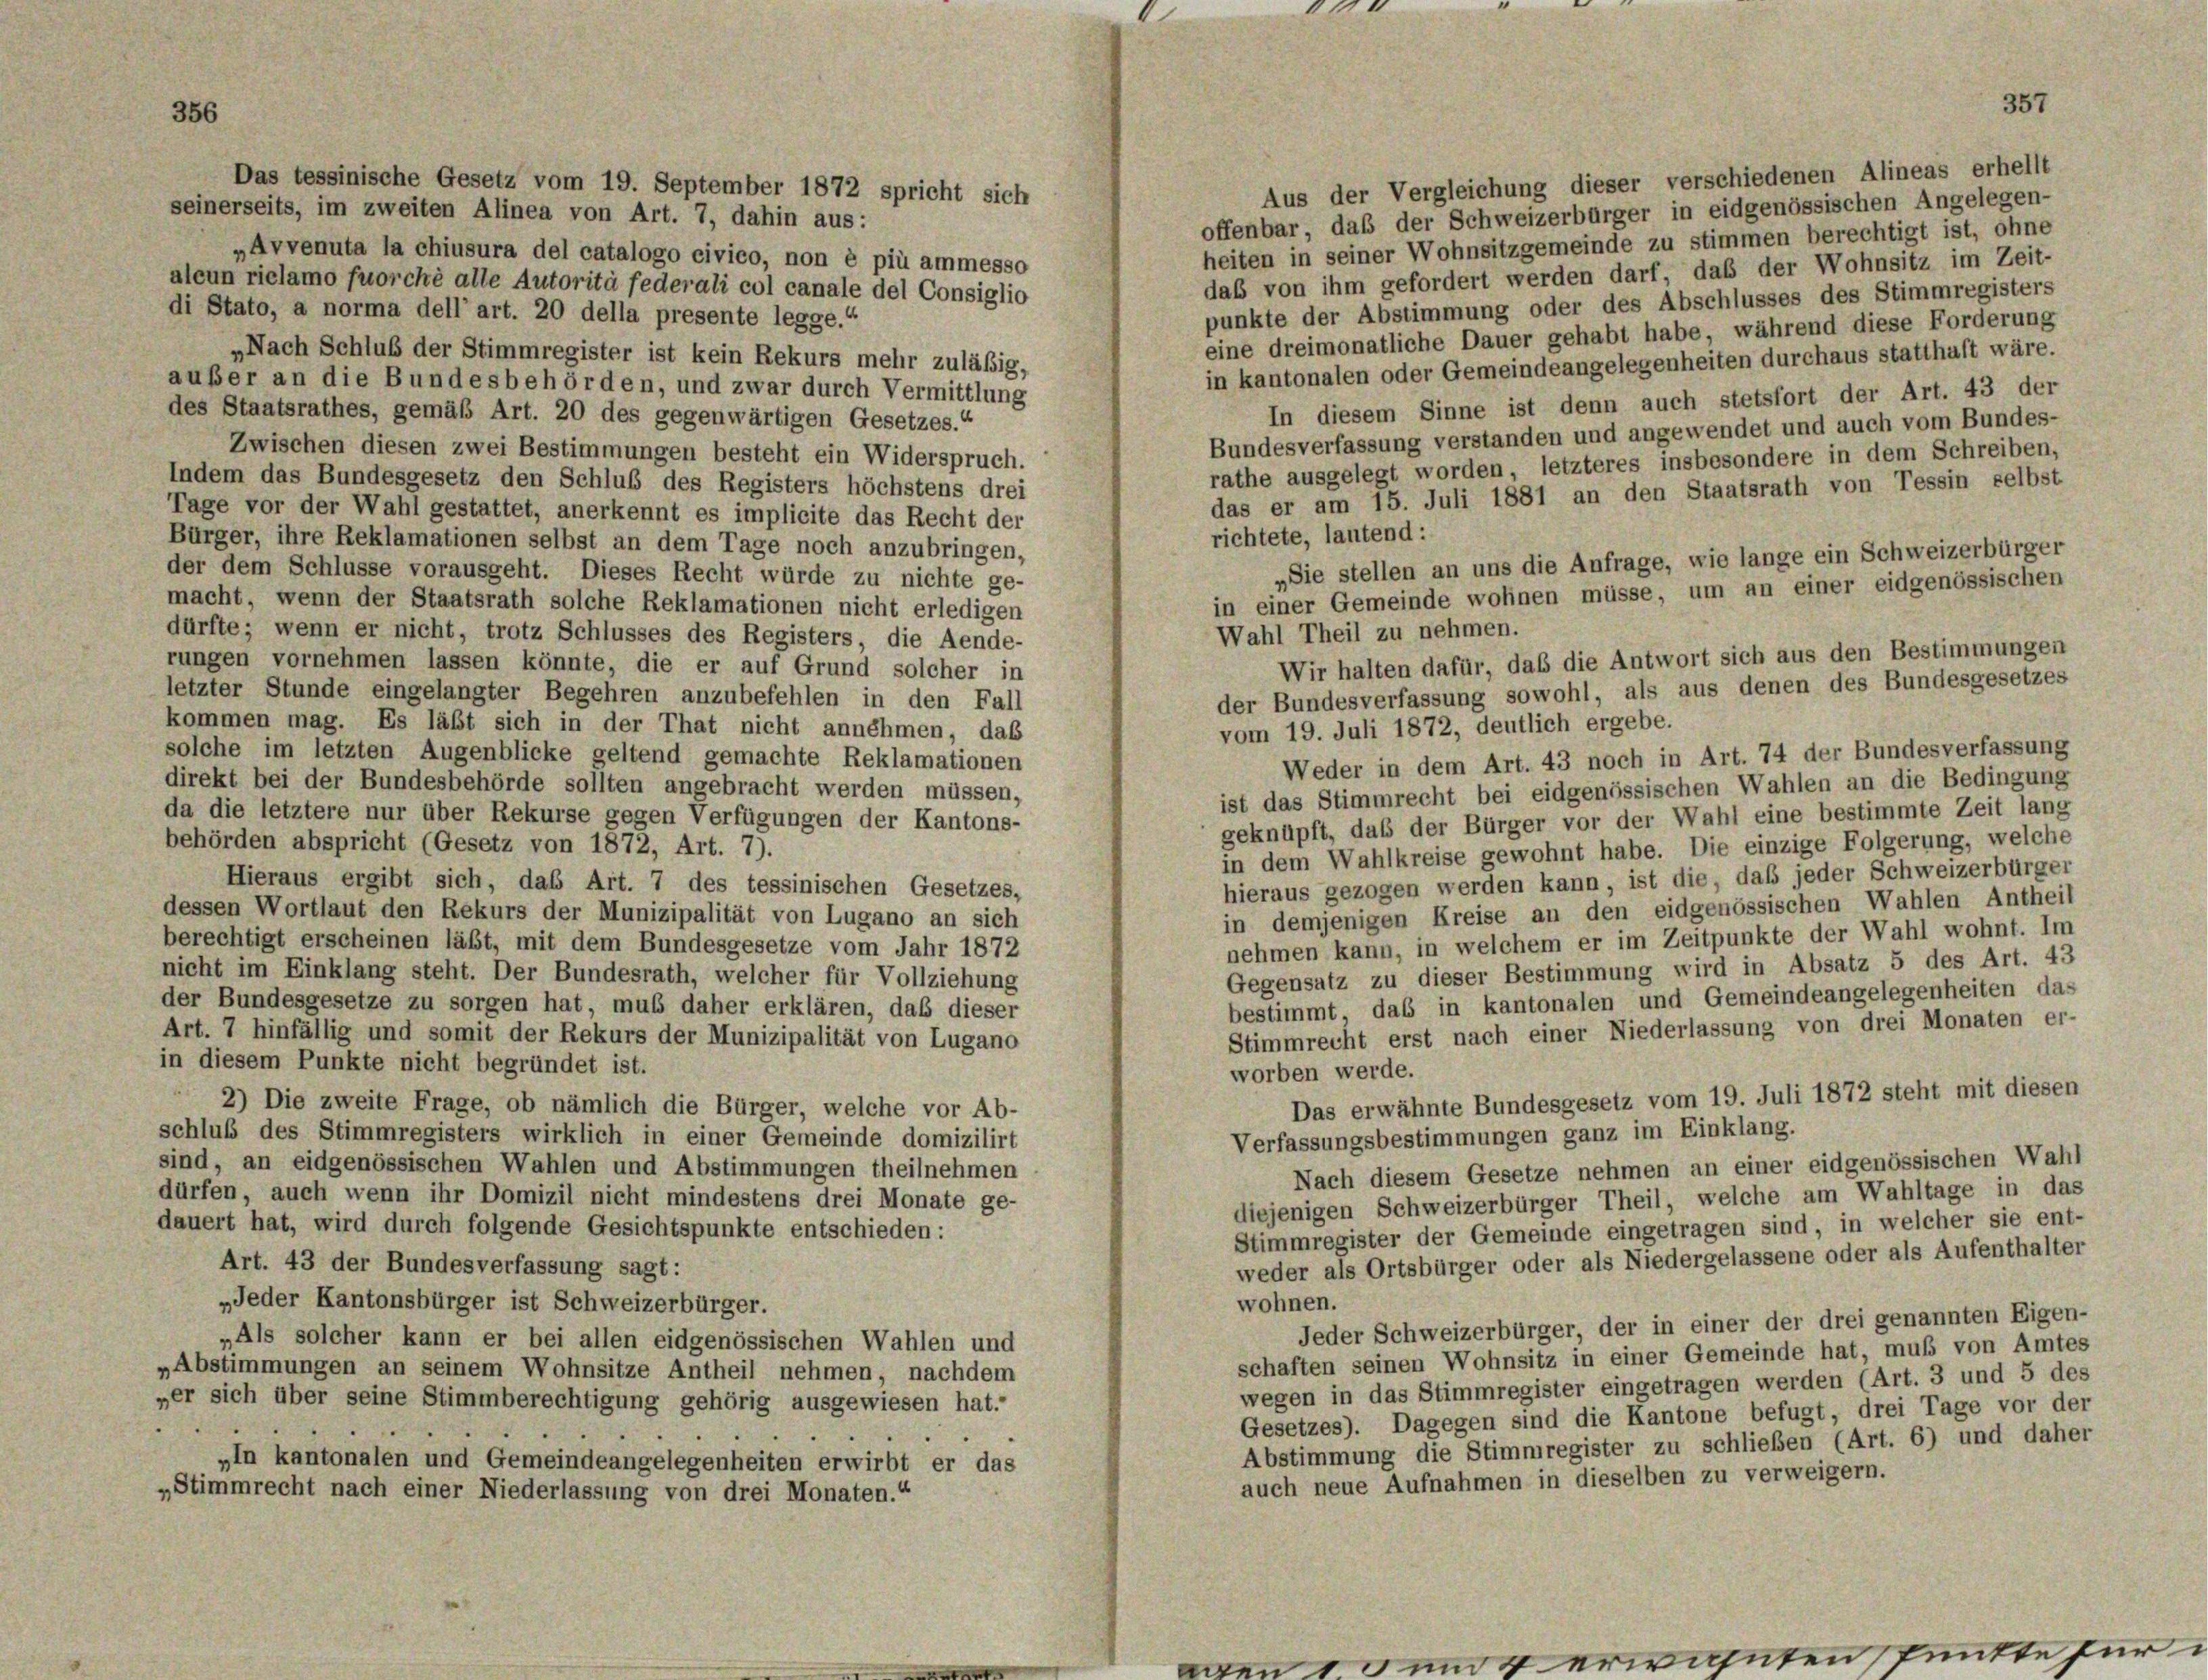
Aus der Vergleichung dieser verschiedenen Alineas erhellt
Das tessinische Gesetz vom 19. September 1872 spricht sich
seinerseits, im zweiten Alinea von Art. 7, dahin aus:
offenbar, daß der Schweizerbürger in eidgenössischen Angelegen-
heiten in seiner Wohnsitzgemeinde zu stimmen berechtigt ist, ohne
„Avvenuta la chiusura del catalogo civico, non è più ammesso
daß von ihm gefordert werden darf, das der Wohnsitz im Zeit-
alcun riclamo fuorchè alle Autorità federali col canale del Consiglio
punkte der Abstimmung oder des Abschlusses des Stimmregisters
di Stato, a norma dell’ art. 20 della presente legge.“
eine dreimonatliche Dauer gehabt habe, während diese Forderung
„Nach Schluß der Stimmregister ist kein Rekurs mehr zuläßig,
in kantonalen oder Gemeindeangelegenheiten durchaus statthaft wäre.
außer an die Bundesbehörden, und zwar durch Vermittlung
In diesem Sinne ist denn auch stetsfort der Art. 43 der
des Staatsrathes, gemäß Art. 20 des gegenwärtigen Gesetzes.“
Bundesverfassung verstanden und angewendet und auch vom Bundes-
Zwischen diesen zwei Bestimmungen besteht ein Widerspruch.
rathe ausgelegt worden, letzteres insbesondere in dem Schreiben,
Indem das Bundesgesetz den Schluß des Registers höchstens drei
das er am 15. Juli 1881 an den Staatsrath von Tessin selbst
Tage vor der Wahl gestattet, anerkennt es implicite das Recht der
richtete, lautend:
Bürger, ihre Reklamationen selbst an dem Tage noch anzubringen,
der dem Schlüsse vorausgeht. Dieses Recht würde zu nichte ge-
macht, wenn der Staatsrath solche Reklamationen nicht erledigen
Wahl Theil zu nehmen.
dürfte; wenn er nicht, trotz Schlusses des Registers, die Aende-
rungen vornehmen lassen könnte, die er auf Grund solcher in
letzter Stunde eingelangter Begehren anzubefehlen in den Fall
kommen mag. Es läßt sich in der That nicht annehmen, das
vom 19. Juli 1872, deutlich ergebe.
solche im letzten Augenblicke geltend gemachte Reklamationen
Weder in dem Art. 43 noch in Art. 74 der Bundesverfassung
direkt bei der Bundesbehörde sollten angebracht werden müssen,
ist das Stimmrecht bei eidgenössischen Wahlen an die Bedingung
da die letztere nur über Rekurse gegen Verfügungen der Kantons-
geknüpft, daß der Bürger vor der Wahl eine bestimmte Zeit lang
behörden abspricht (Gesetz von 1872, Art. 7).
in dem Wahlkreise gewohnt habe. Die einzige Folgerung, welche
hieraus gezogen werden kann, ist die, daß jeder Schweizerbürger
Hieraus ergibt sich, das Art. 7 des tessinischen Gesetzes,
in demjenigen Kreise an den eidgenössischen Wahlen Antheil
dessen Wortlaut den Rekurs der Munizipalität von Lugano an sich
nehmen kann, in welchem er im Zeitpunkte der Wahl wohnt. Im
berechtigt erscheinen läßt, mit dem Bundesgesetze vom Jahr 1872
Gegensatz zu dieser Bestimmung wird in Absatz 5 des Art. 43
nicht im Einklang steht. Der Bundesrath, welcher für Vollziehung
bestimmt, das in kantonalen und Gemeindeangelegenheiten das
der Bundesgesetze zu sorgen hat, muß daher erklären, daß dieser
Stimmrecht erst nach einer Niederlassung von drei Monaten er-
Art. 7 hinfällig und somit der Rekurs der Munizipalität von Lugano
in diesem Punkte nicht begründet ist.
worben werde.
Das erwähnte Bundesgesetz vom 19. Juli 1872 steht mit diesen
 2) Die zweite Frage, ob nämlich die Bürger, welche vor Ab-
schluß des Stimmregisters wirklich in einer Gemeinde domizilirt
Verfassungsbestimmungen ganz im Einklang.
sind, an eidgenössischen Wahlen und Abstimmungen theilnehmen
Nach diesem Gesetze nehmen an einer eidgenössischen Wahl
dürfen, auch wenn ihr Domizil nicht mindestens drei Monate ge-
diejenigen Schweizerbürger Theil, welche am Wahltage in das
dauert hat, wird durch folgende Gesichtspunkte entschieden:
Stimmregister der Gemeinde eingetragen sind, in welcher sie ent-
weder als Ortsbürger oder als Niedergelassene oder als Aufenthalter
Art. 43 der Bundesverfassung sagt:
„Jeder Kantonsbürger ist Schweizerbürger.
wohnen.
Jeder Schweizerbürger, der in einer der drei genannten Eigen-
„Als solcher kann er bei allen eidgenössischen Wahlen und
schaften seinen Wohnsitz in einer Gemeinde hat, muß von Amtes
„Abstimmungen an seinem Wohnsitze Antheil nehmen, nachdem
wegen in das Stimmregister eingetragen werden (Art. 3 und 5 des
per sich über seine Stimmberechtigung gehörig ausgewiesen hat.
Gesetzes). Dagegen sind die Kantone befugt, drei Tage vor der
Abstimmung die Stimmregister zu schließen (Art. 6) und daher
„In kantonalen und Gemeindeangelegenheiten erwirbt er das
auch neue Aufnahmen in dieselben zu verweigern.
„Stimmrecht nach einer Niederlassung von drei Monaten.“

„Sie stellen an uns die Anfrage, wie lange ein Schweizerbürger
in einer Gemeinde wohnen müsse, um an einer eidgenössischen
Wir halten dafür, daß die Antwort sich aus den Bestimmungen
der Bundesverfassung sowohl, als aus denen des Bundesgesetzes

357